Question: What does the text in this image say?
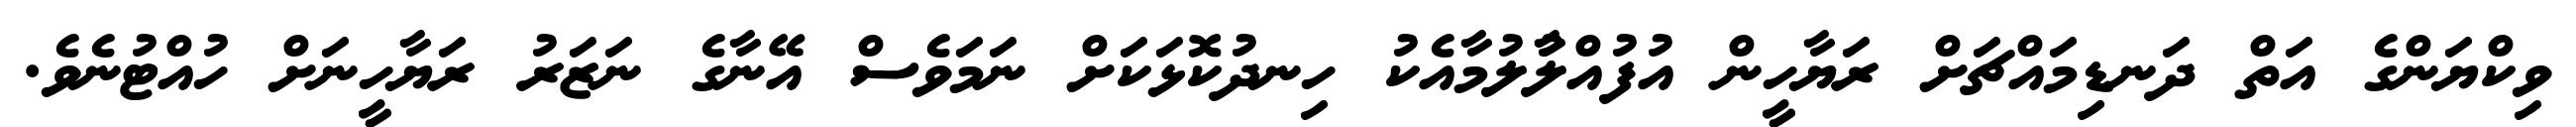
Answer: ވިކްޔަންގެ އަތް ދަނޑިމައްޗަށް ރަޔާހީން އުފުއްލުާލުމާއެކު ހިނދުކޮޅަކަށް ނަމަވެސް އޭނާގެ ނަޒަރު ރަޔާހީނަށް ހުއްޓުނެވެ.